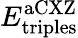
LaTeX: E_{\mathrm{triples}}^{\mathrm{aCXZ}}